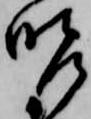
昨